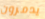
يدمرون